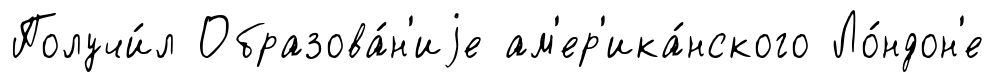
Получи́л Образова́н'иjе ам'ер'ика́нского Ло́ндон'е